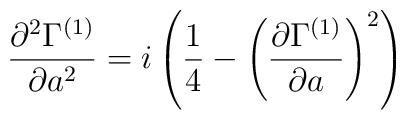
{\partial^{2}\Gamma^{(1)}\over \partial a^{2}} = i\left({1\over 4} - \left({\partial\Gamma^{(1)}\over \partial a}\right)^{2}\right)